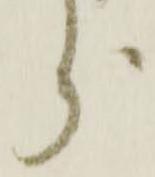
分